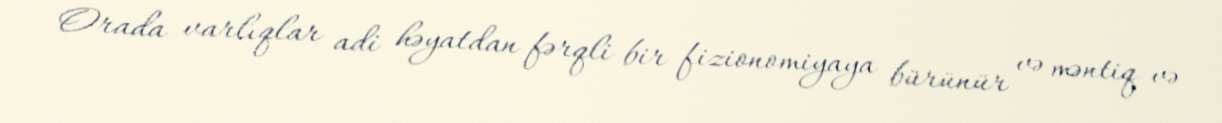
Orada varlıqlar adi həyatdan fərqli bir fizionomiyaya bürünür və məntiq və